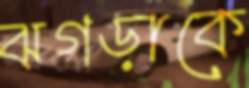
ঝগড়াকে